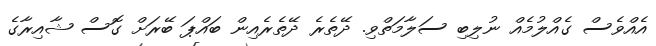
އެއްވެސް ގެއްލުމެއް ނުލިބި ސަލާމަތްވި. ދޭތެރެ ދޭތެރެއިން ބައްޕަ ބޭރަށް ގޮސް ޝާއިރާގެ